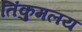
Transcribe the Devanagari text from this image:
तिंकुमलय